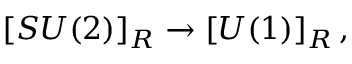
\left[ S U ( 2 ) \right] _ { R } \rightarrow \left[ U ( 1 ) \right] _ { R } ,